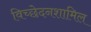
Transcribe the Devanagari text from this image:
विच्छेदनशामिल